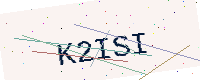
Text: K2ISI